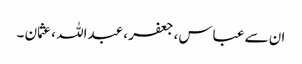
ان سے عباس، جعفر ، عبداللہ ، عثمان ۔